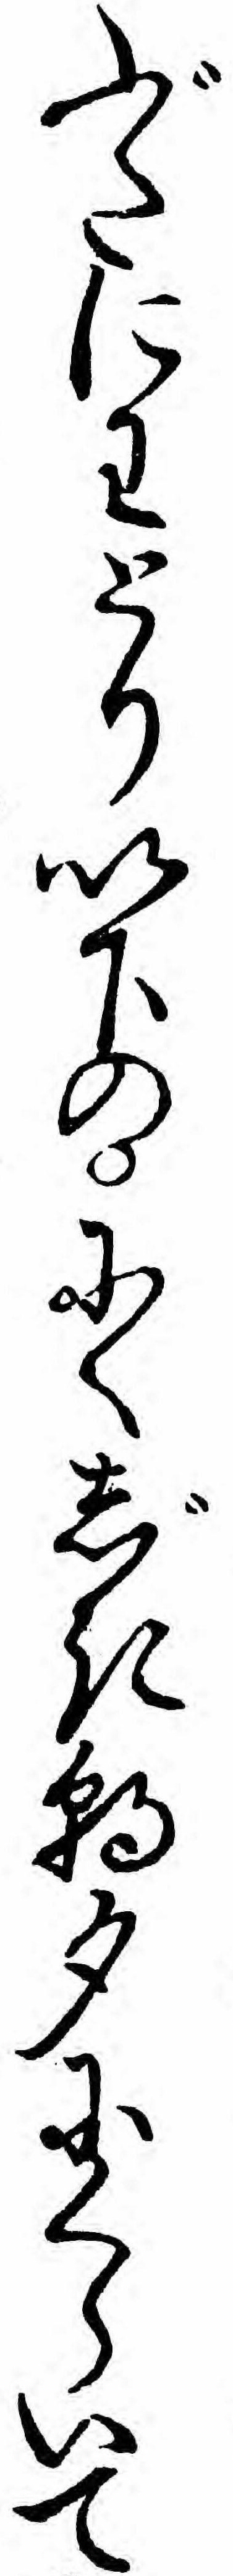
ぶたにわとり以下のにくじき朝夕にくらいて